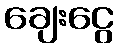
ချေးငွေ